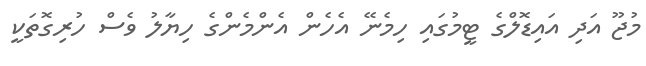
މުޖޫ އަދި އައިޑޮލްގެ ޓީމުގައި ހިމެނޭ އެހެން އެންމެންގެ ހިޔާލު ވެސް ހުރިގޮތަކީ